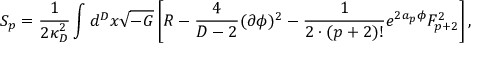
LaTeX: S _ { p } = { \frac { 1 } { 2 \kappa _ { D } ^ { 2 } } } \int d ^ { D } x \sqrt { - G } \left[ { \cal R } - { \frac { 4 } { D - 2 } } ( \partial \phi ) ^ { 2 } - { \frac { 1 } { 2 \cdot ( p + 2 ) ! } } e ^ { 2 a _ { p } \phi } F _ { p + 2 } ^ { 2 } \right] ,